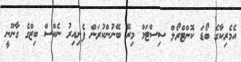
އެމެރިކާގެ ބޯޑަ ކޮންޓްރޯލް ސިސްޓަމް މިރޭ ބޭނުންކުރަން ފެށިއިރު ނެކްސް ބިޒްގެ ގާނޫނީ